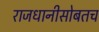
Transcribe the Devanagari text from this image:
राजधानीसोबतच